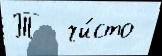
Т  чи́сто